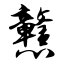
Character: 戆